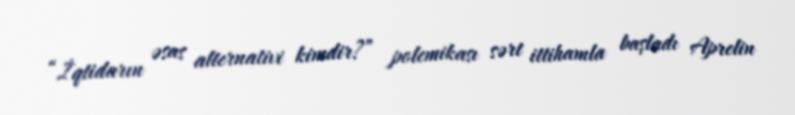
“İqtidarın əsas alternativi kimdir?” polemikası sərt ittihamla başladı Aprelin